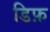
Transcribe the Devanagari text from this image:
डिफ़